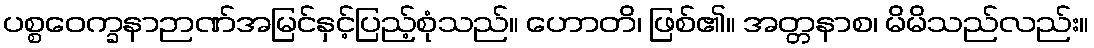
ပစ္စဝေက္ခနာဉာဏ်အမြင်နှင့်ပြည့်စုံသည်။ ဟောတိ၊ ဖြစ်၏။ အတ္တနာစ၊ မိမိသည်လည်း။